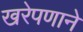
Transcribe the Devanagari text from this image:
खरेपणाने